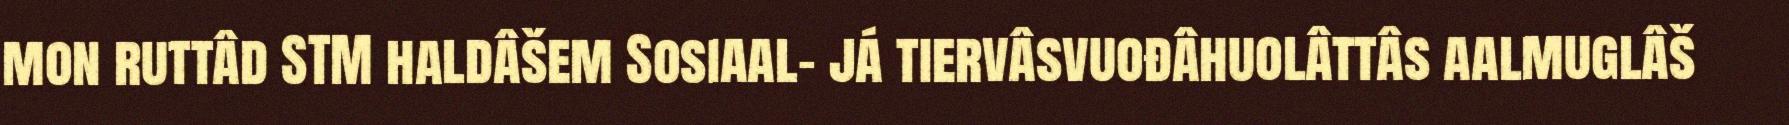
mon ruttâd STM haldâšem Sosiaal- já tiervâsvuođâhuolâttâs aalmuglâš